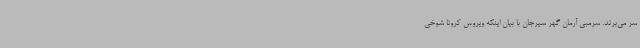
سر می‌برند. سرمبی آرمان گهر سیرجان با بیان اینکه ویروس کرونا شوخی